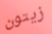
زيتون